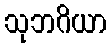
သုဘဂိယာ